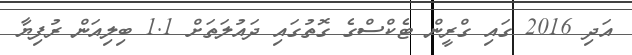
އަދި 2016 ގައި ގްރީން ޓެކްސްގެ ގޮތުގައި ދައުލަތަށް 1.1 ބިލިއަން ރުފިޔާ